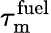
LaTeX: \tau_{\mathrm{m}}^{\mathrm{fuel}}